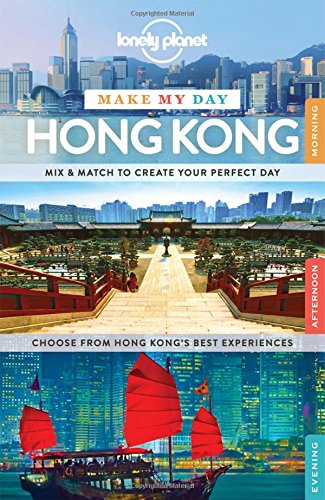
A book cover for Lonely Planet Make My Day Hong Kong (Travel Guide); Lonely Planet; Travel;